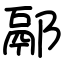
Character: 䣓